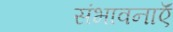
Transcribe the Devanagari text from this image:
संभावनाऍं